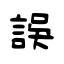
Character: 誤